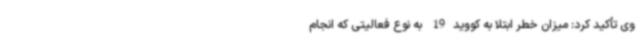
وی تأکید کرد: میزان خطر ابتلا به کووید19 به نوع فعالیتی که انجام